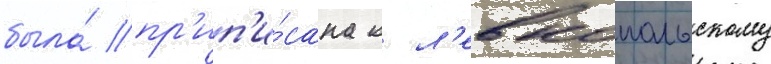
была́ пр'ип'и́сана к л'евкопольскому